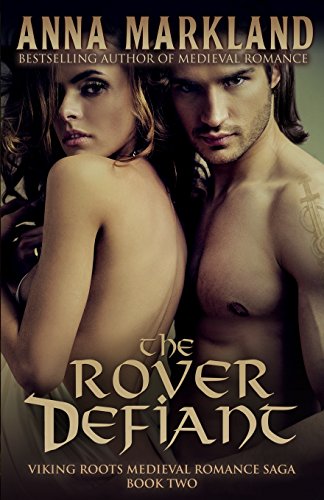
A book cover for The Rover Defiant (Viking Roots Medieval Romance Saga) (Volume 2); Anna Markland; Romance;